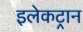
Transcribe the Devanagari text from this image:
इलेकट्रान